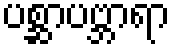
ပစ္ဆာပဗ္ဘာရာ